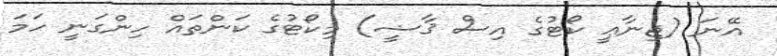
އޭނަ (ޖިނާޢީ ކޯޓުގެ އިސް ޤާޟީ) މިކޯޓުގެ ކަންތައް ހިންގަނީ ހަމަ